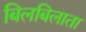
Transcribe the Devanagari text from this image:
बिलबिलाता